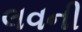
લવની